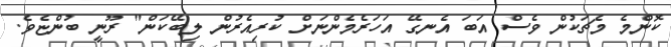
ކޮންމެ މެޗަކުން ވެސް އަބަ އެނގޭ އަހަރެމެންނަށް ކުރިއެރުން ލިބޭކަން" ރޫނީ ބުންޏެވެ.